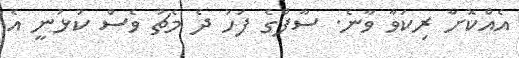
އެއްކޮށް ރިކަވާ ވާނެ. ސާފްގެ ފަހު ދެ މެޗު ވެސް ކުޅުނީ އެ